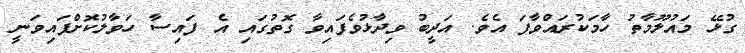
ގުޅޭ މައުލޫމާތު ހާމަކުރައްވާފަ އެވެ. އަދީބު ވިދާޅުވެފައިވާ ގޮތުގައި އެ ފައިސާ ހަވާލުކޮށްފައިވަނީ